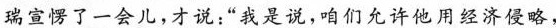
瑞宣愣了一会儿，才说;“我是说，咱们允许他用经济侵略，